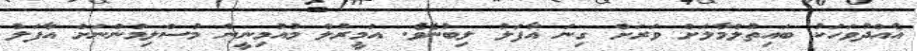
އެއްދުވަހަކު ބައިތުލްމާލަށް ވަރަށް ގިނަ އާފަލު ލިބުނެވެ. އަމީރުލް މުއުމިނީން މުސްލިމުންނަށް އާފަލު